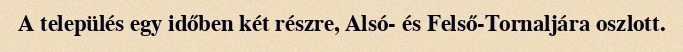
A település egy időben két részre, Alsó- és Felső-Tornaljára oszlott.